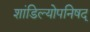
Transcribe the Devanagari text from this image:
शांडिल्योपनिषद्